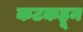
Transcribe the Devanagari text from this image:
कटकहून